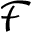
\mathcal { F }